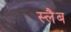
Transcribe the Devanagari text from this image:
स्‍लैब